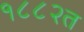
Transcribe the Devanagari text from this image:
१८८२त